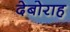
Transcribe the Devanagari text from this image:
देबोराह